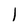
Character: 1